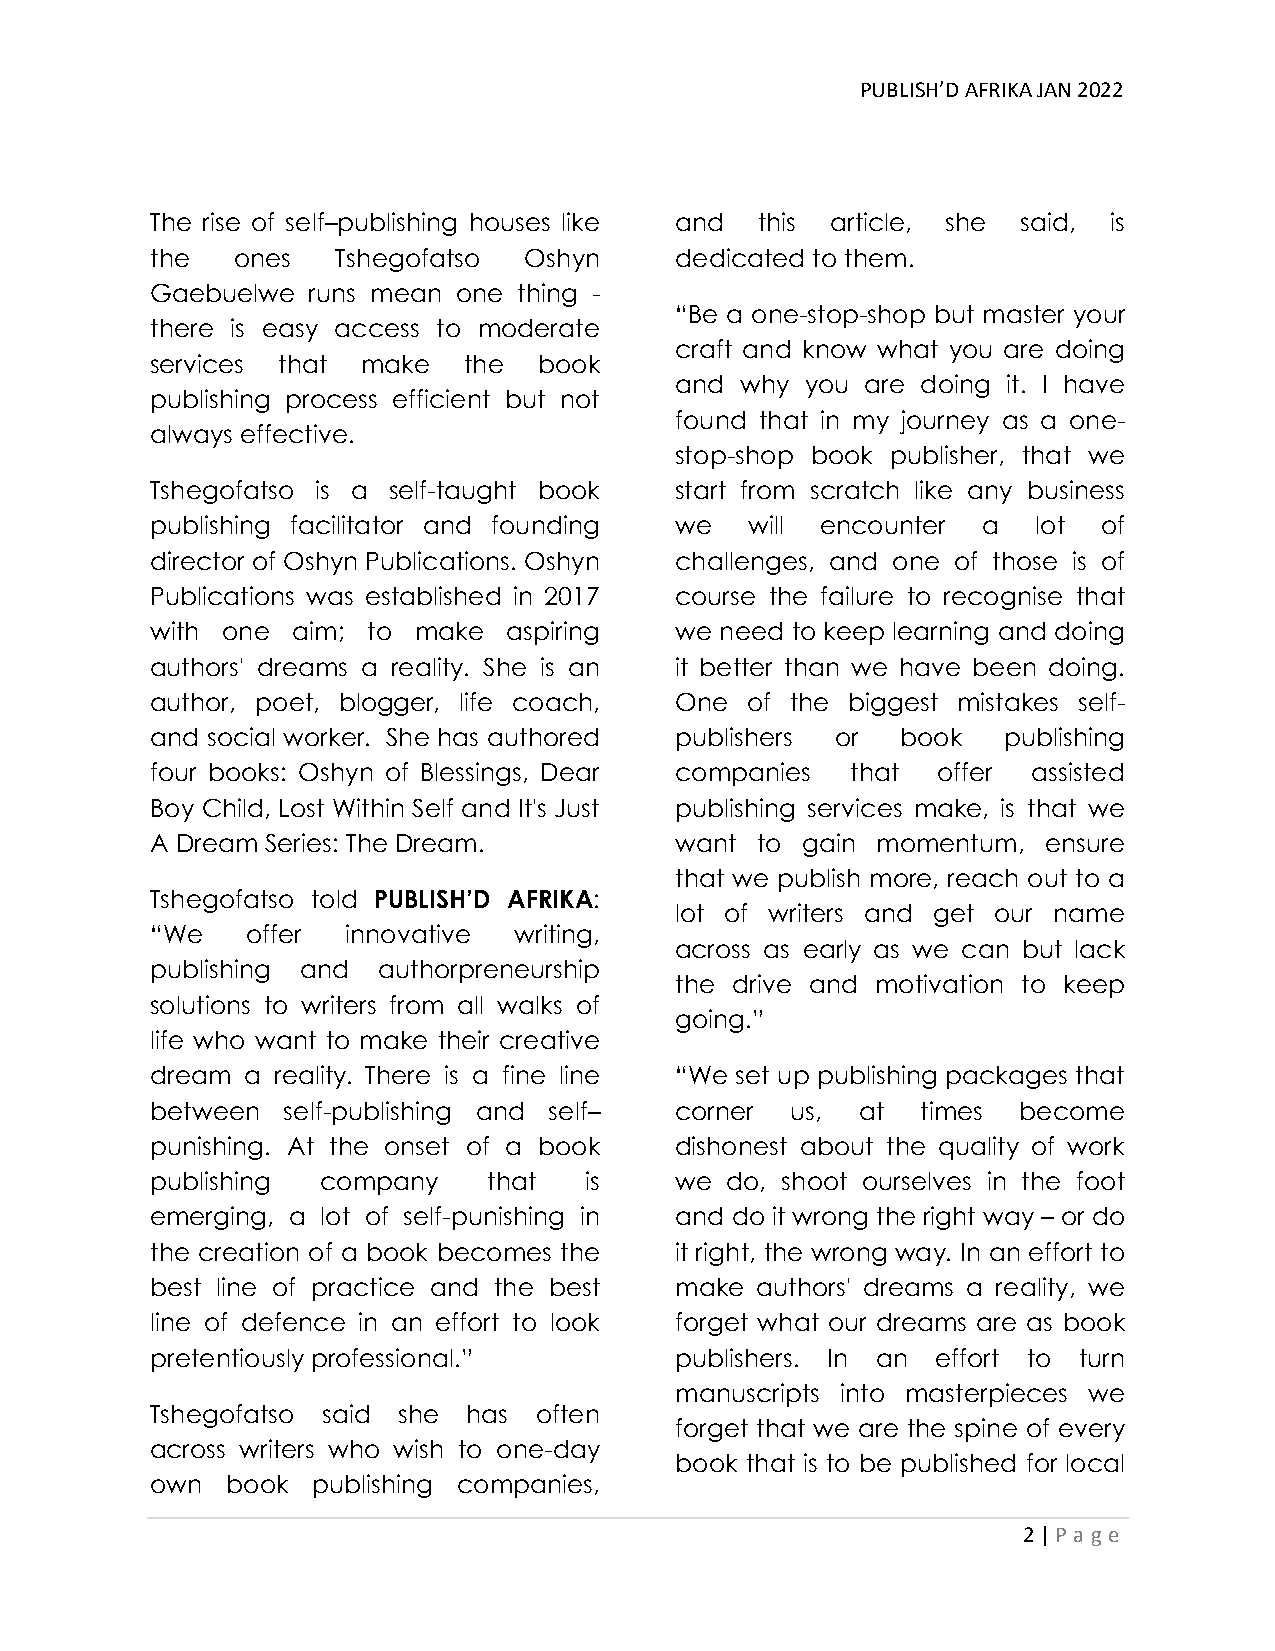
PUBLISH’D AFRIKA JAN 2022
 The rise of self–publishing houses like and this article, she said, is
 the   ones  Tshegofatso  Oshyn     dedicated to them.
 Gaebuelwe runs mean one thing -
 “Be a one-stop-shop but master your
 there is easy access to moderate
 craft and know what you are doing
 services that make   the  book
 and why you are doing it. I have
 publishing process efficient but not
 found that in my journey as a one-
 always effective.
 stop-shop book publisher, that we
 Tshegofatso is a self-taught book  start from scratch like any business
 publishing facilitator and founding we  will encounter a   lot of
 director of Oshyn Publications. Oshyn challenges, and one of those is of
 Publications was established in 2017 course the failure to recognise that
 with one aim; to make   aspiring   we need to keep learning and doing
 authors' dreams a reality. She is an it better than we have been doing.
 author, poet, blogger, life coach, One of the biggest mistakes self-
 and social worker. She has authored publishers or book  publishing
 four books: Oshyn of Blessings, Dear companies that offer assisted
 Boy Child, Lost Within Self and It's Just publishing services make, is that we
 A Dream Series: The Dream.         want to gain momentum,  ensure
 that we publish more, reach out to a
 Tshegofatso told PUBLISH’D AFRIKA:
 lot of writers and get our name
 “We   offer  innovative writing,
 across as early as we can but lack
 publishing and authorpreneurship
 the drive and motivation to keep
 solutions to writers from all walks of
 going.”
 life who want to make their creative
 dream a reality. There is a fine line “We set up publishing packages that
 between  self-publishing and self– corner us,  at  times become
 punishing. At the onset of a book  dishonest about the quality of work
 publishing company    that   is    we do, shoot ourselves in the foot
 emerging, a lot of self-punishing in and do it wrong the right way – or do
 the creation of a book becomes the it right, the wrong way. In an effort to
 best line of practice and the best make authors' dreams a reality, we
 line of defence in an effort to look forget what our dreams are as book
 pretentiously professional.”       publishers. In an effort to turn
 manuscripts into masterpieces we
 Tshegofatso said she has often
 forget that we are the spine of every
 across writers who wish to one-day
 book that is to be published for local
 own  book  publishing companies,
 2 | P age